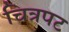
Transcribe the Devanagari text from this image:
चित्रपट